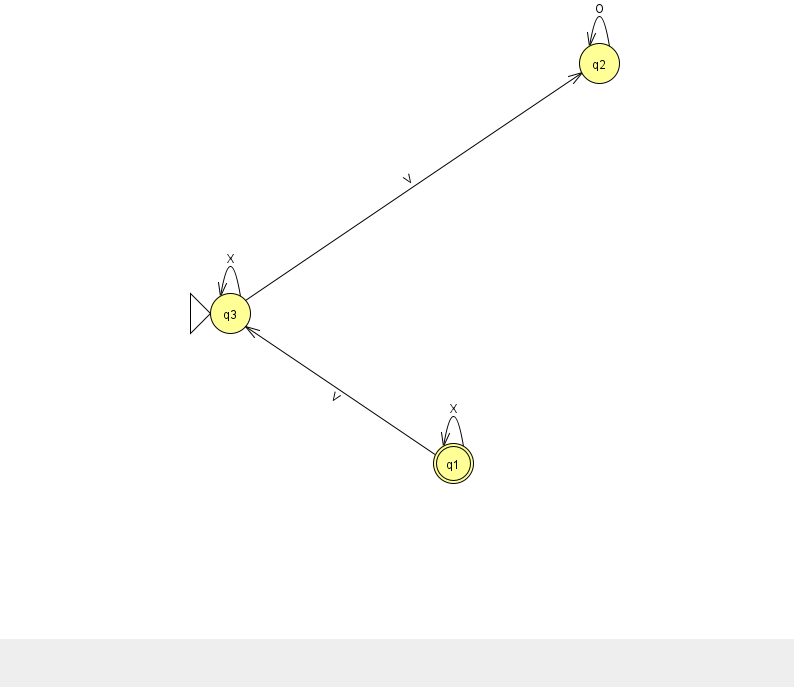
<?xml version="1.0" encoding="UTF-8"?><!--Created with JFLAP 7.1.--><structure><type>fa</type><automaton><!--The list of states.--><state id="1" name="q1"><x>453.0</x><y>450.0</y><final/></state><state id="2" name="q2"><x>599.0</x><y>50.0</y></state><state id="3" name="q3"><x>230.0</x><y>300.0</y><initial/></state><!--The list of transitions.--><transition><from>3</from><to>2</to><read>V</read></transition><transition><from>1</from><to>1</to><read>X</read></transition><transition><from>3</from><to>3</to><read>X</read></transition><transition><from>1</from><to>3</to><read>V</read></transition><transition><from>2</from><to>2</to><read>O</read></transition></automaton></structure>